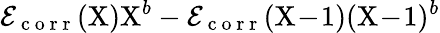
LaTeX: \mathcal{E}_{\mathrm{~c~o~r~r~}}(\mathrm{X})\mathrm{X}^{b}-\mathcal{E}_{\mathrm{~c~o~r~r~}}(\mathrm{X}\! -\! 1)(\mathrm{X}\! -\! 1)^{b}